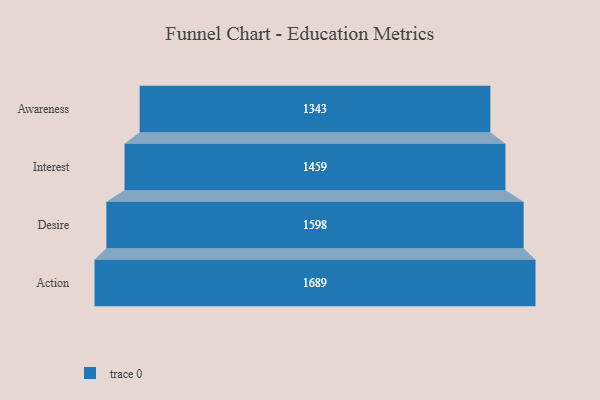
{"axis": {"x": "Stage", "y": "Value"}, "legend": [""], "data": [{"x": "Awareness", "y": 1343.0, "type": ""}, {"x": "Interest", "y": 1459.0, "type": ""}, {"x": "Desire", "y": 1598.0, "type": ""}, {"x": "Action", "y": 1689.0, "type": ""}]}